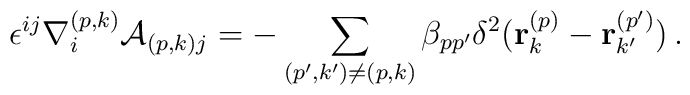
\epsilon^{ij}\nabla^{(p,k)}_i{\cal A}_{(p,k)j}=-\sum_{(p',k')\neq(p,k)}  \beta_{pp'}\delta^2({\bf r}_k^{(p)}-{\bf r}_{k'}^{(p')})\,.